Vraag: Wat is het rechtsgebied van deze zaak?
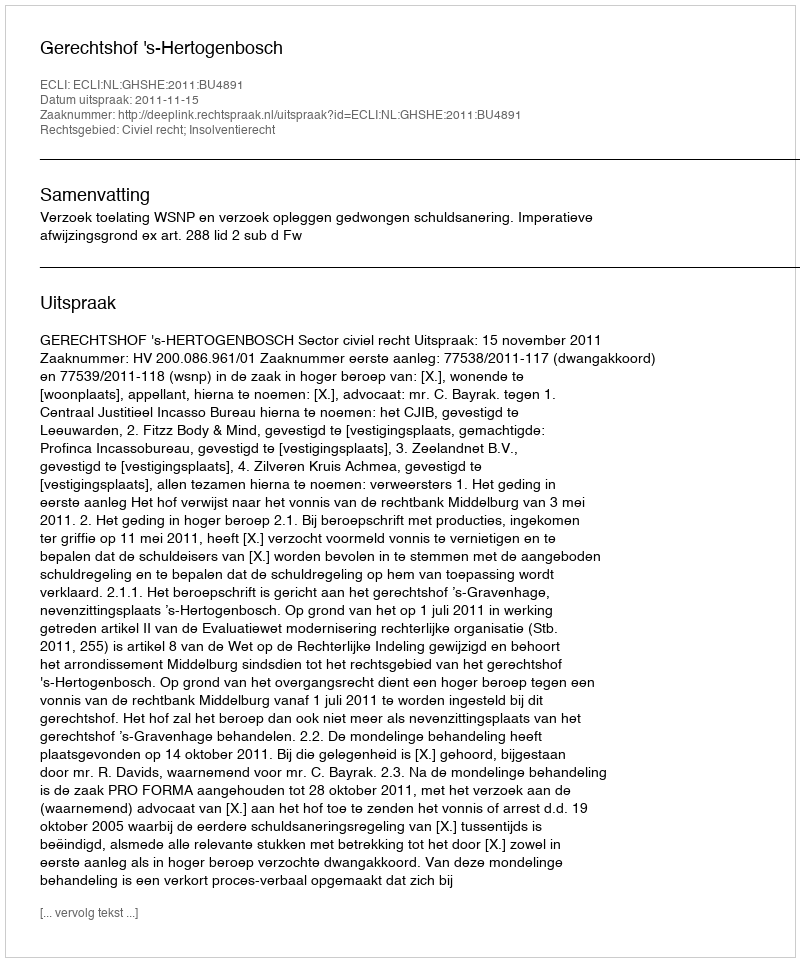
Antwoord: Civiel recht; Insolventierecht